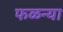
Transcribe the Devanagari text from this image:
फळन्या